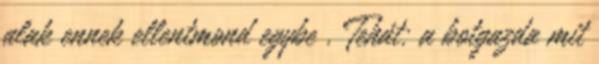
alak ennek ellentmond egybe . Tehát: a botgazda mit